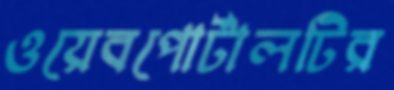
ওয়েবপোর্টালটির